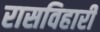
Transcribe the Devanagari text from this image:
रासविहारी